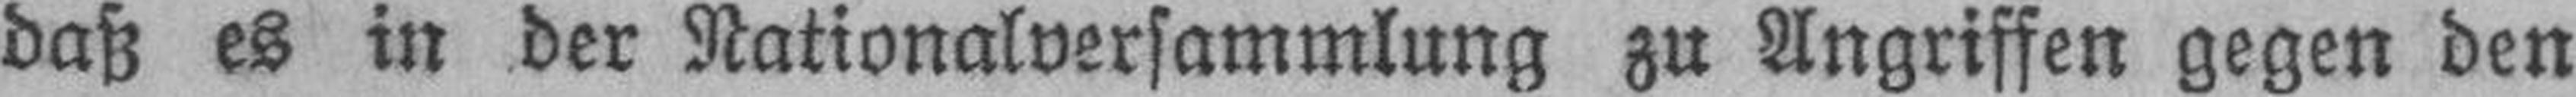
daß es in der Nationalversammlung zu Angriffen gegen den